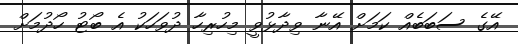
އޭގެ ސަބަބެއް ކަމަށް އޭނާ ވިދާޅުވީ މިހުރިހާ ދުވަހަކު އެ ބޯޓު ހޯދުމަށް